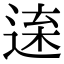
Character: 𨓫